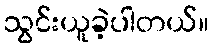
သွင်းယူခဲ့ပါတယ်။